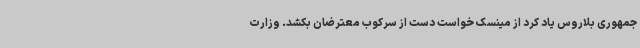
جمهوری بلاروس یاد کرد از مینسک خواست دست از سرکوب معترضان بکشد. وزارت